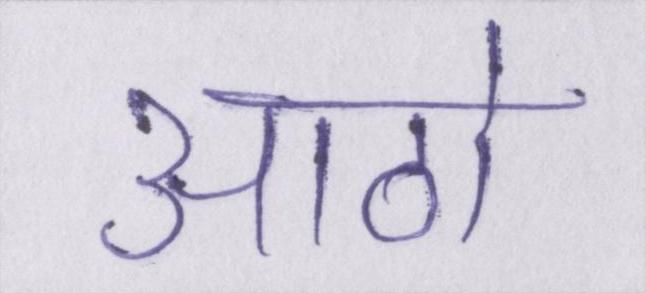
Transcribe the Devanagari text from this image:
आठो